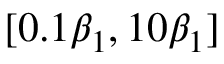
[ 0 . 1 \beta _ { 1 } , 1 0 \beta _ { 1 } ]